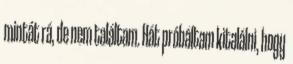
mintát rá, de nem találtam. Hát próbáltam kitalálni, hogy